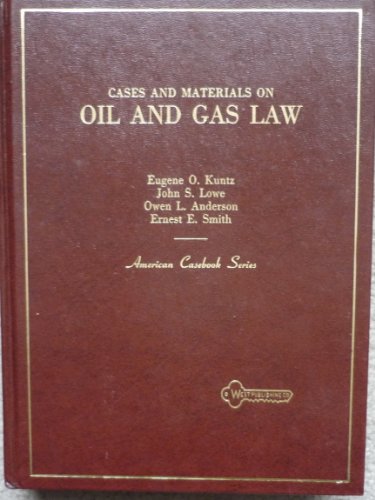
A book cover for Cases and Materials on Oil and Gas Law; John S. Lowe, Owen L. Anderson, Ernest E. Smith Eugene O. Kuntz; Law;